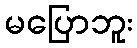
မပြောဘူး